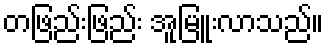
တဖြည်းဖြည်း အူမြူးလာသည်။